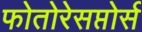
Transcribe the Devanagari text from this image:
फोतोरेसप्तोर्स